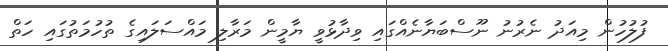
ފުލުހުން މިއަދު ނެރުނު ނޫސްބަޔާނެއްގައި ވިދާޅުވީ ޔާމީން މަރާލި މައްސަލައިގެ ތުހުމަތުގައި ހަތް